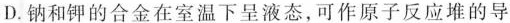
D.钠和钾的合金在室温下呈液态，可作原子反应堆的导